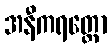
အနီကရတ္တော